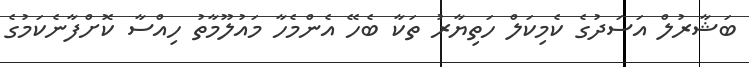
ބަޝާރުލް އަސަދުގެ ކެމިކަލް ހަތިޔާރު ތަކާ ބެހޭ އެންމެހާ މައުލޫމާތު ހިއްސާ ކޮށްފާނެކަމުގެ